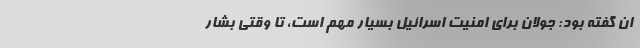
ان گفته بود: جولان برای امنیت اسرائیل بسیار مهم است، تا وقتی بشار